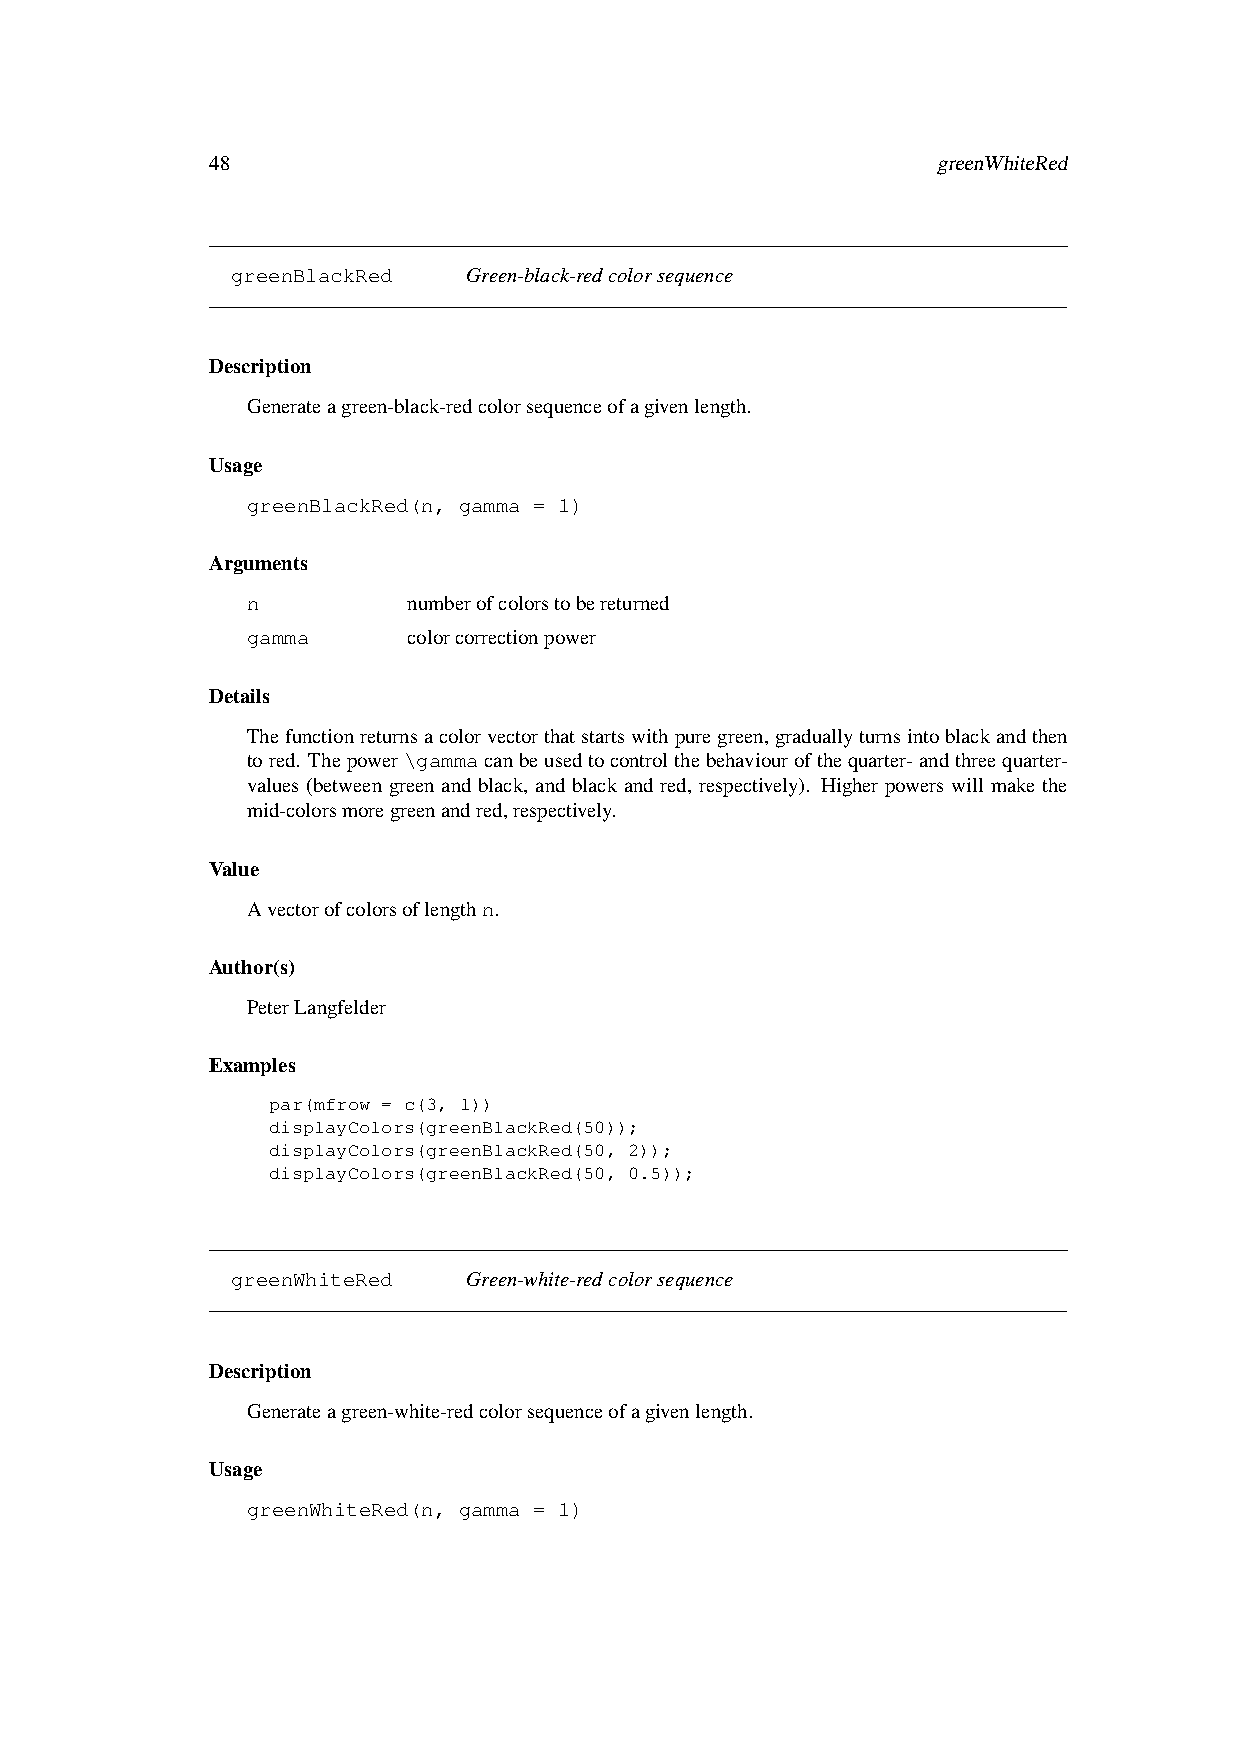
48                                              greenWhiteRed
 greenBlackRed   Green-black-redcolorsequence
 Description
 Generateagreen-black-redcolorsequenceofagivenlength.
 Usage
 greenBlackRed(n, gamma = 1)
 Arguments
 n          numberofcolorstobereturned
 gamma      colorcorrectionpower
 Details
 Thefunctionreturnsacolorvectorthatstartswithpuregreen,graduallyturnsintoblackandthen
 tored. Thepower\gammacanbeusedtocontrolthebehaviourofthequarter-andthreequarter-
 values (between green and black, and black and red, respectively). Higher powers will make the
 mid-colorsmoregreenandred,respectively.
 Value
 Avectorofcolorsoflengthn.
 Author(s)
 PeterLangfelder
 Examples
 par(mfrow = c(3, 1))
 displayColors(greenBlackRed(50));
 displayColors(greenBlackRed(50, 2));
 displayColors(greenBlackRed(50, 0.5));
 greenWhiteRed   Green-white-redcolorsequence
 Description
 Generateagreen-white-redcolorsequenceofagivenlength.
 Usage
 greenWhiteRed(n, gamma = 1)